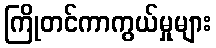
ကြိုတင်ကာကွယ်မှုများ